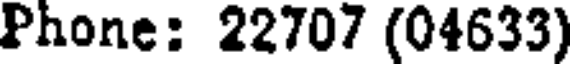
Phone: 22707 (04633)